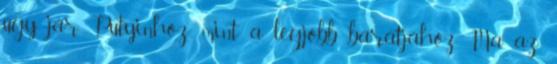
úgy jár Putyinhoz, mint a legjobb barátjához Ma az